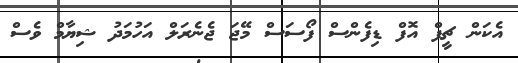
އެކަން ޗީފް އޮފް ޑިފެންސް ފޯސަސް މޭޖަ ޖެނެރަލް އަހުމަދު ޝިޔާމް ވެސް